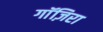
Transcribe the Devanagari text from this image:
गाॅज़िरा